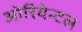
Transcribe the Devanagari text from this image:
ओरियेन्टल